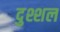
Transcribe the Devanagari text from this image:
दुश्शल